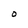
Character: O